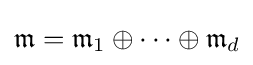
{\mathfrak {m}}={\mathfrak {m}}_{1}\oplus \cdots \oplus {\mathfrak {m}}_{d}